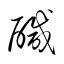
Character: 鹹